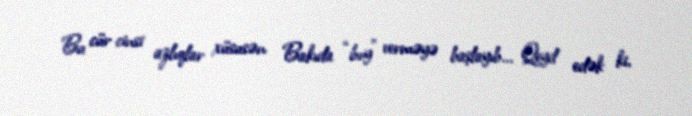
Bu cür cinsi azlıqlar xüsusən Bakıda “boy” verməyə başlayıb... Qeyd edək ki,